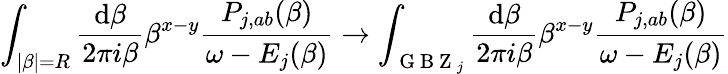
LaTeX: \int_{|\beta|=R}\frac{\mathrm{d}\beta}{2\pi i\beta}\beta^{x-y}\frac{P_{j,ab}(\beta)}{\omega-E_{j}(\beta)}\to\int_{\mathrm{~G~B~Z~}_{j}}\frac{\mathrm{d}\beta}{2\pi i\beta}\beta^{x-y}\frac{P_{j,ab}(\beta)}{\omega-E_{j}(\beta)}